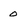
Character: 0